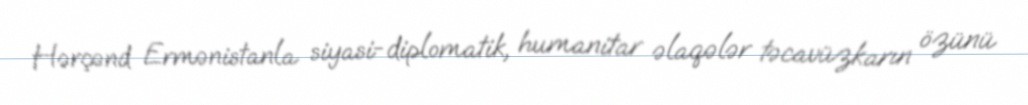
Hərçənd Ermənistanla siyasi-diplomatik, humanitar əlaqələr təcavüzkarın özünü